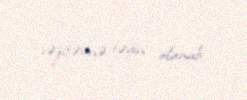
vəzifəsinə təyin olunub.